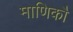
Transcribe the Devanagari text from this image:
माणिकौ